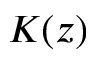
K ( z )